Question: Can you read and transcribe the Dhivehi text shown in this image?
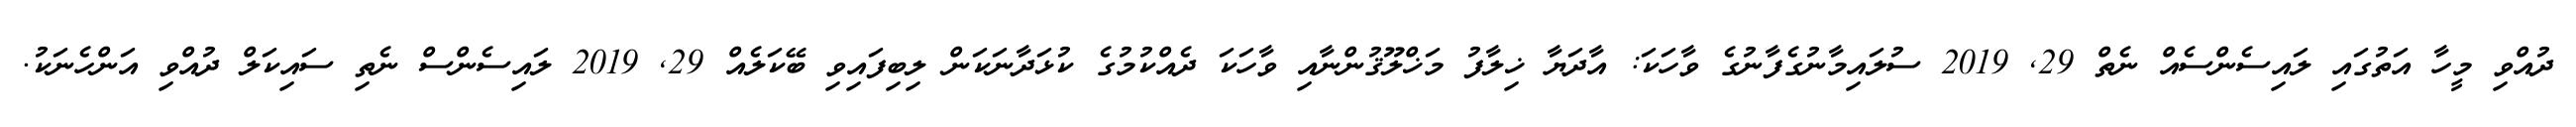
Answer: ދުއްވި މީހާ އަތުގައި ލައިސެންސެއް ނެތް 29, 2019 ސުލައިމާނުގެފާނުގެ ވާހަކަ: އާދަޔާ ޚިލާފު މަޚްލޫޤުންނާއި ވާހަކަ ދެއްކުމުގެ ކުޅަދާނަކަން ލިބިފައިވި ބޭކަލެއް 29, 2019 ލައިސެންސް ނެތި ސައިކަލް ދުއްވި އަންހެނަކު.